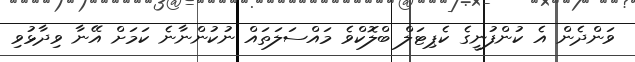
ވަންދެން އެ ކުންފުނީގެ ކެޕިޓަލް ބްލޮކްވެ މައްސަލަތައް ނުކުންނާނެ ކަމަށް އޭނާ ވިދާޅުވި